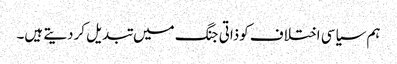
ہم سیاسی اختلاف کوذاتی جنگ میں تبدیل کردیتے ہیں۔